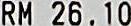
RM 26.10